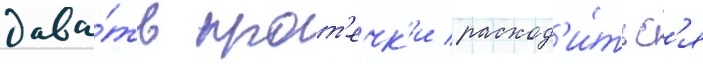
дава́ть прот'ечк'и / расход'и́тьс'я